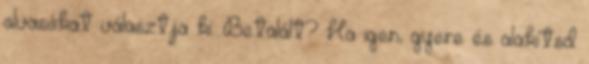
olvasókat választja ki. Betalált? Ha igen, gyere és alakítsd